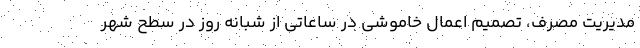
مدیریت مصرف، تصمیمِ اعمال خاموشی در ساعاتی از شبانه روز در سطح شهر